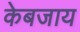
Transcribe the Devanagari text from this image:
केबजाय